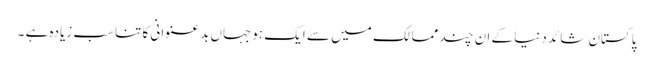
پاکستان شائد دنیا کے ان چند ممالک میں سے ایک ہوجہاں بدعنوانی کا تناسب زیادہ ہے ۔